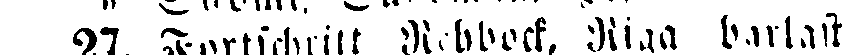
n 27. Fortschritt Rihbock, Riga barlast